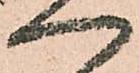
へ